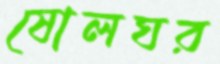
ষোলঘর